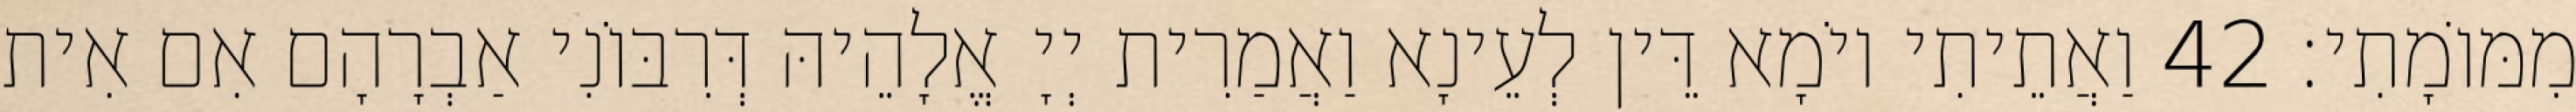
מִמּוֹמָתִי׃ 42 וַאֲתֵיתִי יוֹמָא דֵּין לְעֵינָא וַאֲמַרִית יְיָ אֱלָהֵיהּ דְּרִבּוֹנִי אַבְרָהָם אִם אִית